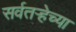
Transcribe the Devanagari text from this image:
सर्वतऱ्हेच्या